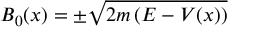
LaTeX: B _ { 0 } ( x ) = \pm { \sqrt { 2 m \left( E - V ( x ) \right) } }